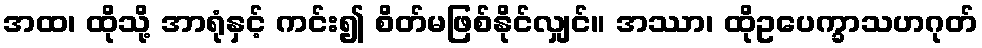
အထ၊ ထိုသို့ အာရုံနှင့် ကင်း၍ စိတ်မဖြစ်နိုင်လျှင်။ အဿာ၊ ထိုဥပေက္ခာသဟဂုတ်